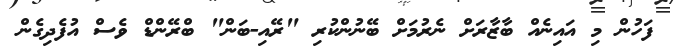
ފަހުން މި އައިނެއް ބާޒާރަށް ނެރުމަށް ބޭނުންކުރި "ރޭއި-ބަން" ބްރޭންޑް ވެސް އުފެދިގެން